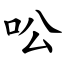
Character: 㕬